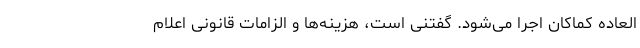
‌العاده کماکان اجرا می‌شود. گفتنی است، هزینه‌ها و الزامات قانونی اعلام